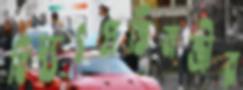
বিদ্যুৎপ্রতিমন্ত্রীর